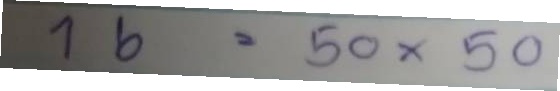
16 = 50x50